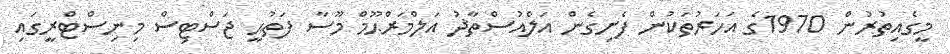
މީގެއިތުރުން 1970ގެ އަހަރުތަކުން ފެށިގެން އަލްއުސްތާޛު އަލްމަރްޙޫމް މޫސާ ފަތުޙީ ޖަސްޓިސް މިނިސްޓްރީގައި